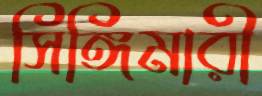
সিঙ্গিমারী